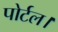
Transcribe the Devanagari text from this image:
पोर्टल।